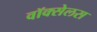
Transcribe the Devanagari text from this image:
वॉक्सेलस